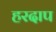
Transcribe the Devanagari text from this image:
हरदाप